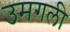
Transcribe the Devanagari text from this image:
उमगली